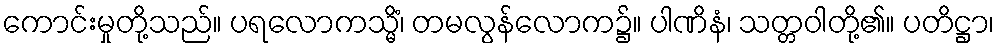
ကောင်းမှုတို့သည်။ ပရလောကသ္မိံ၊ တမလွန်လောက၌။ ပါဏိနံ၊ သတ္တဝါတို့၏။ ပတိဋ္ဌာ၊